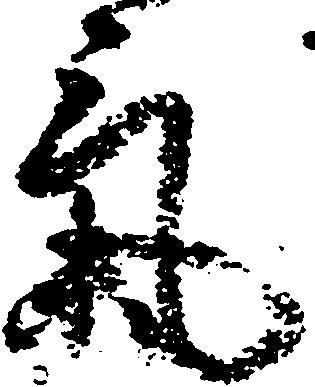
気